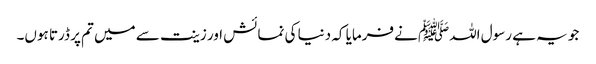
جو یہ ہے رسول اللہﷺ نےفرمایا کہ دنیا کی نمائش اور زینت سے میں تم پر ڈرتا ہوں۔